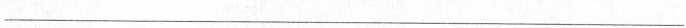
___